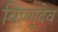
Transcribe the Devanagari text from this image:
विष्णूदेव